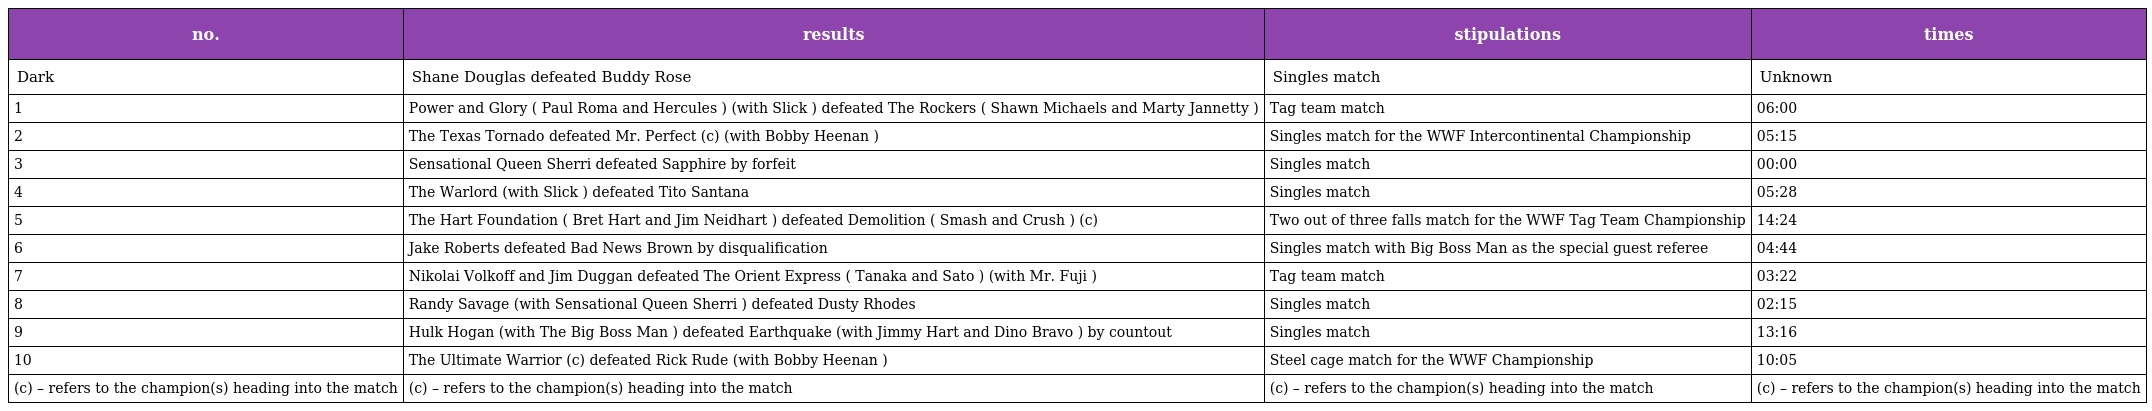
| no. | results | stipulations | times |
 | --- | --- | --- | --- |
 | Dark | Shane Douglas defeated Buddy Rose | Singles match | Unknown |
 | 1 | Power and Glory ( Paul Roma and Hercules ) (with Slick ) defeated The Rockers ( Shawn Michaels and Marty Jannetty ) | Tag team match | 06:00 |
 | 2 | The Texas Tornado defeated Mr. Perfect (c) (with Bobby Heenan ) | Singles match for the WWF Intercontinental Championship | 05:15 |
 | 3 | Sensational Queen Sherri defeated Sapphire by forfeit | Singles match | 00:00 |
 | 4 | The Warlord (with Slick ) defeated Tito Santana | Singles match | 05:28 |
 | 5 | The Hart Foundation ( Bret Hart and Jim Neidhart ) defeated Demolition ( Smash and Crush ) (c) | Two out of three falls match for the WWF Tag Team Championship | 14:24 |
 | 6 | Jake Roberts defeated Bad News Brown by disqualification | Singles match with Big Boss Man as the special guest referee | 04:44 |
 | 7 | Nikolai Volkoff and Jim Duggan defeated The Orient Express ( Tanaka and Sato ) (with Mr. Fuji ) | Tag team match | 03:22 |
 | 8 | Randy Savage (with Sensational Queen Sherri ) defeated Dusty Rhodes | Singles match | 02:15 |
 | 9 | Hulk Hogan (with The Big Boss Man ) defeated Earthquake (with Jimmy Hart and Dino Bravo ) by countout | Singles match | 13:16 |
 | 10 | The Ultimate Warrior (c) defeated Rick Rude (with Bobby Heenan ) | Steel cage match for the WWF Championship | 10:05 |
 | (c) – refers to the champion(s) heading into the match | (c) – refers to the champion(s) heading into the match | (c) – refers to the champion(s) heading into the match | (c) – refers to the champion(s) heading into the match |